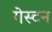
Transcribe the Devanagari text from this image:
गेस्टन